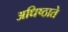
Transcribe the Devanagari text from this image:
अधिष्ठाते